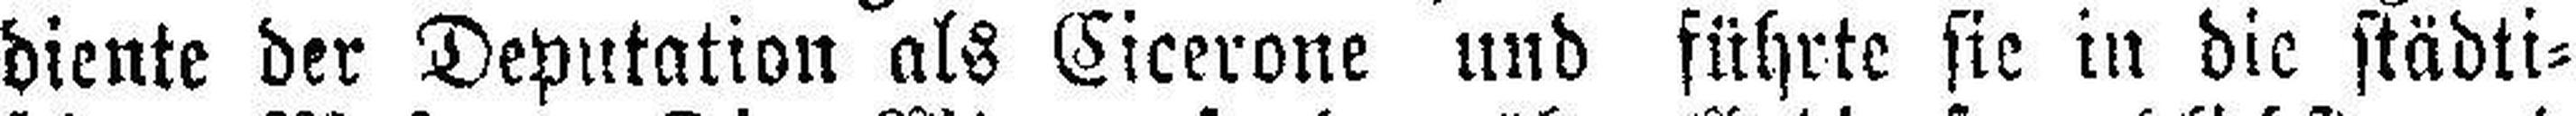
diente der Deputation als Cicerone und führte sie in die städti¬